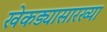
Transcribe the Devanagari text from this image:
खेकड्यासारख्या